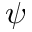
\psi